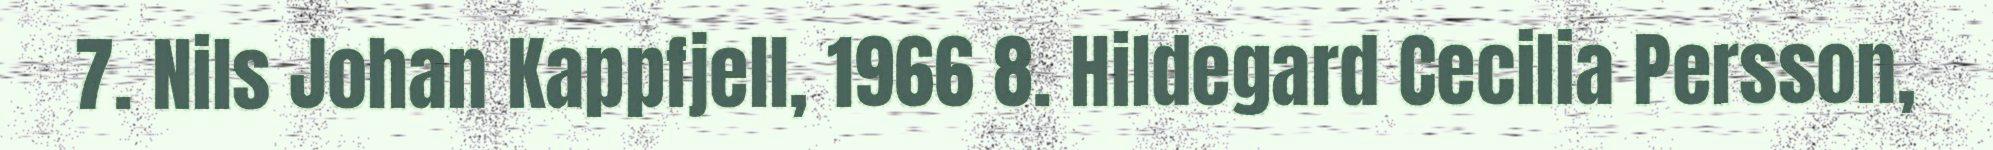
7. Nils Johan Kappfjell, 1966 8. Hildegard Cecilia Persson,